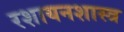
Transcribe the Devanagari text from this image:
रशायनशास्त्र